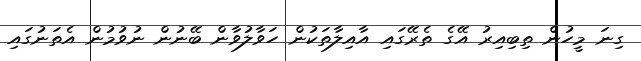
ގިނަ މީހުން ތިބިއިރު އޭގެ ތެރޭގައި އާއިލާތަކުން ހަވާލުވާން ބޭނުން ނުވުމުން އެތަނުގައި